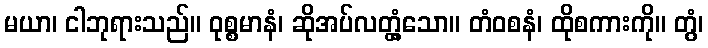
မယာ၊ ငါဘုရားသည်။ ဝုစ္စမာနံ၊ ဆိုအပ်လတ္တံ့သော။ တံဝစနံ၊ ထိုစကားကို။ တွံ၊